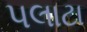
પલાટા